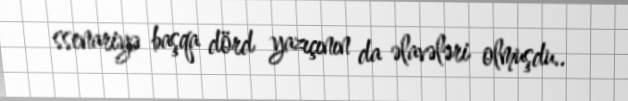
ssenariyə başqa dörd yazıçının da əlavələri olmuşdu..